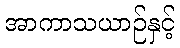
အာကာသယာဉ်နှင့်